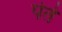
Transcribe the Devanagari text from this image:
पेते